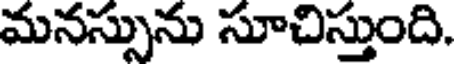
మనస్సును సూచిస్తుంది.